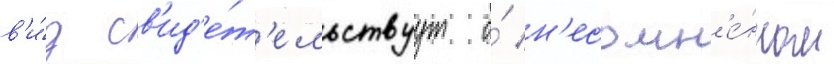
в'и́д св'ид'е́т'ельствуут о́ н'есомн'е́нном